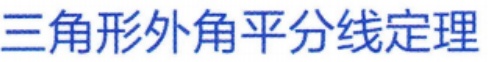
三角形外角平分线定理